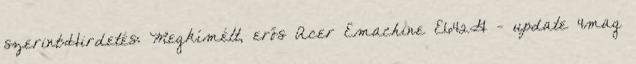
szerint:Hirdetés: Megkímélt, erős Acer Emachine E642G - update 4mag